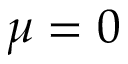
\mu = 0